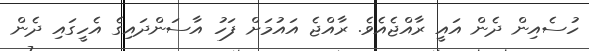
ހުސެއިން ދެން އައީ ރާއްޖެއެވެ. ރާއްޖެ އައުމަށް ފަހު އާސަންދައިގެ އެހީގައި ދެން